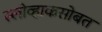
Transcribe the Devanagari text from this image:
स्लोव्हाकसोबत